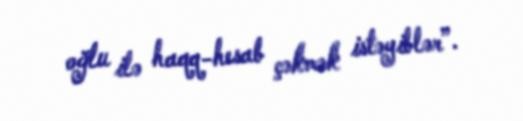
oğlu ilə haqq-hesab çəkmək istəyiblər”.